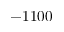
- 1 1 0 0